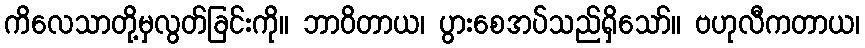
ကိလေသာတို့မှလွတ်ခြင်းကို။ ဘာဝိတာယ၊ ပွားစေအပ်သည်ရှိသော်။ ဗဟုလီကတာယ၊